Medical and sanitary report of the native army of Bengal for the year
Year: 1876
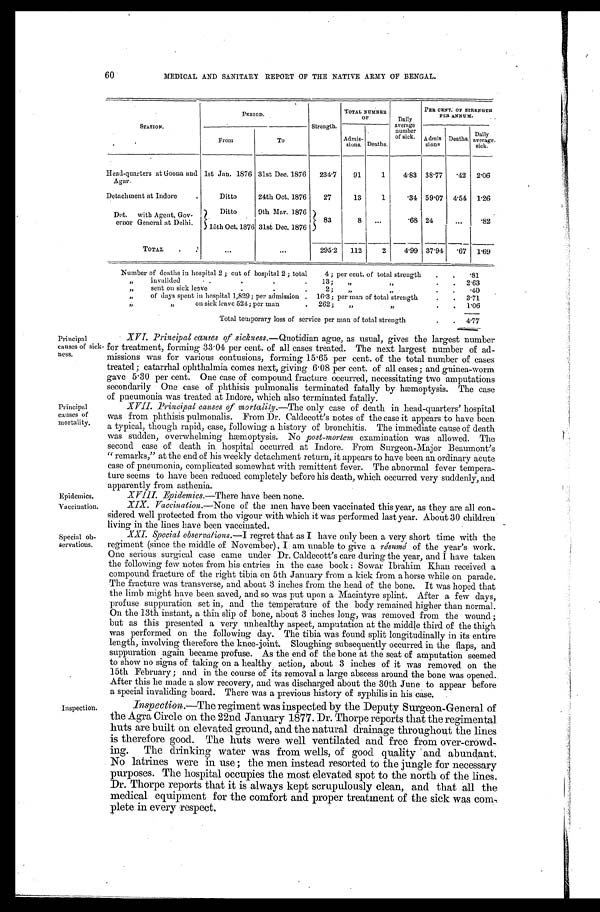
Epidemics.
Vaccination.
MEDICAL AND SANITARY REPORT OF THE NATIVE ARMY OF BENGAL.
S T A T I O N .
PERIOD.
Strength.
TOTAL NUMBER
OF
Daily
average
number
of sick.
PER CENT. OF STRENGTH
PER ANNUM.
Admis-
sions. Deaths.
Admis
sions.
Deaths. Daily
average
sick.
From
To
Head-quarters at Goona and
Agar.
1st Jan. 1876 31st Dec. 1876
234.7
91
1
4.83 38.77 .42 2.06
Detachment at Indore . . .
Ditto
24th Oct. 1876
27
13
1
.34 59.07 4.54 1.26
Det. with Agent, Gov-
ernor General at Delhi.
Ditto
9th Mar. 1876
83
8
. . .
.68 24
. . .
.82
15th Oct. 1876 31st Dec. 1876
TOTAL . . .
. . .
. . .
295.2 112
2
4.99 37.94 .67 1.69
Number of deaths in hospital 2 ; out of hospital 2 ; total 4 ; per cent. of total strength . . .
.81
" invalided . . . 13; " . . .
2.63
" sent on sick leave . . . 2; " . . .
.40
"
of days spent in hospital 1,829; per admission . . . 16.3 ; per man of total strength . . .
3.71
"
on sick leave 524; per man . . . 262; ". . . 1.06
Total temporary loss of service per man of total strength . . .
4.77
6 0
Principal
causes of sick
-ness.
Principal
causes of
mortality.
Special ob
-servations.
Inspection.
XVI. Principal causes of sickness.— Quotidian ague, as usual, gives the largest number
for treatment, forming 33.04 per cent. of all cases treated. The next largest number of ad
-missions was for various contusions, forming 15.65 per cent. of the total number of cases
treated; catarrhal ophthalmia comes next, giving 6.08 per cent. of all cases; and guinea-worm
gave 5.30 per cent. One case of compound fracture occurred, necessitating two amputations
secondarily One case of phthisis pulmonalis terminated fatally by hæmoptysis. The ease
of pneumonia was treated at Indore, which also terminated fatally.
XVII. Principal causes of mortality.— The only case of death in head-quarters' hospital
was from phthisis pulmonalis. From Dr. Caldecott's notes of the case it appears to have been
a typical, though rapid, case, following a history of bronchitis. The immediate cause of death
was sudden, overwhelming hæmoptysis. No post-mortem examination was allowed. The
second case of death in hospital occurred at Indore. From Surgeon-Major Beaumont's
"remarks," at the end of his weekly detachment return, it appears to have been an ordinary acute
case of pneumonia, complicated somewhat with remittent fever. The abnormal fever tempera
-ture seems to have been reduced completely before his death, which occurred very suddenly, and
apparently from asthenia.
X VIII. Epidemics.—There have been none.
XIX. Vaccination.— None of the men have been vaccinated this year, as they are all con
-sidered well protected from the vigour with which it was performed last year. About 30 children
living in the lines have been vaccinated.
XXI. Special observations.— I regret that as I have only been a very short time with the
regiment (since the middle of November) , I am unable to give a résumé of the year's work.
One serious surgical case came under Dr. Caldecott's care during the year, and I have taken
the following few notes from his entries in the case book: Sowar Ibrahim Khan received a
compound fracture of the right tibia on 5th January from a kick from a horse while on parade.
The fracture was transverse, and about 3 inches from the head of the bone. It was hoped that
the limb might have been saved, and so was put upon a Macintyre splint. After a few days,
profuse suppuration set in, and the temperature of the body remained higher than normal.
On the 13th instant, a thin slip of bone, about 3 inches long, was removed from the wound;
but as this presented a very unhealthy aspect, amputation at the middle third of the thigh
was performed on the following day. The tibia was found split longitudinally in its entire
length, involving therefore the knee-joint. Sloughing subsequently occurred in the flaps, and
suppuration again became profuse. As the end of the bone at the seat of amputation seemed
to show no signs of taking on a healthy action, about 3 inches of it was removed on the
15th February; and in the course of its removal a large abscess around the bone was opened.
After this he made a slow recovery, and was discharged about the 30th June to appear before
a special invaliding board. There was a previous history of syphilis in his case.
Inspection.—The regiment was inspected by the Deputy Surgeon-General of
the Agra Circle on the 22nd January 1877. Dr. Thorpe reports that the regimental
huts are built on elevated ground, and the natural drainage throughout the lines
is therefore good. The huts were well ventilated and free from over-crowd
-ing. The drinking water was from wells, of good quality and abundant.
No latrines were in use; the men instead resorted to the jungle for necessary
purposes. The hospital occupies the most elevated spot to the north of the lines.
Dr. Thorpe reports that it is always kept scrupulously clean, and that all the
medical equipment for the comfort and proper treatment of the sick was com
-plete in every respect.